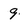
Character: 9